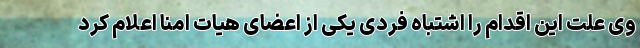
وی علت این اقدام را اشتباهِ فردیِ یکی از اعضای هیات امنا اعلام کرد